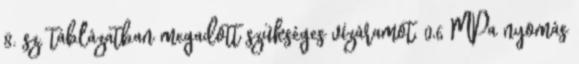
8. sz. táblázatban megadott szükséges vízáramot, 0,6 MPa nyomás